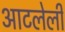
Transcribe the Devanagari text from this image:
आटलेली